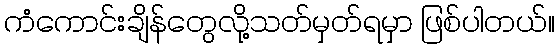
ကံကောင်းချိန်တွေလို့သတ်မှတ်ရမှာ ဖြစ်ပါတယ်။